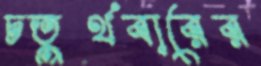
চতুর্থবারের